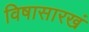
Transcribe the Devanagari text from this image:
विषासारखं